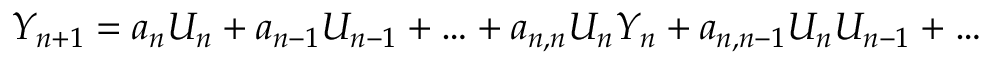
Y _ { n + 1 } = a _ { n } U _ { n } + a _ { n - 1 } U _ { n - 1 } + \ldots + a _ { n , n } U _ { n } Y _ { n } + a _ { n , n - 1 } U _ { n } U _ { n - 1 } + \ldots